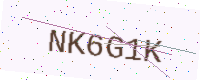
Text: NK6G1K